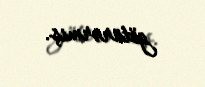
götürərmiş.